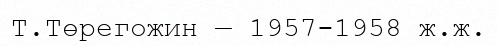
Т.Төрегожин — 1957-1958 ж.ж.